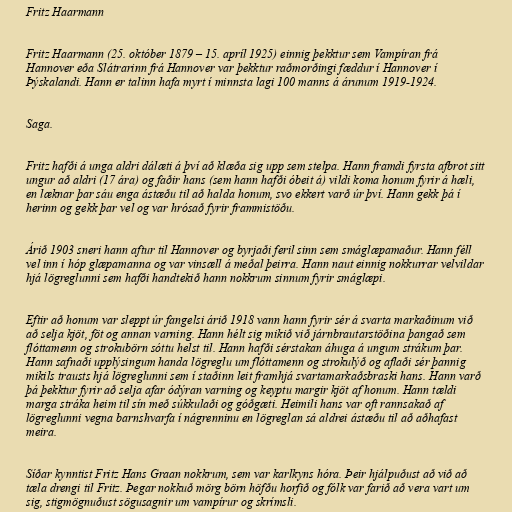
Fritz Haarmann

Fritz Haarmann (25. október 1879 – 15. apríl 1925) einnig þekktur sem Vampíran frá
Hannover eða Slátrarinn frá Hannover var þekktur raðmorðingi fæddur í Hannover í
Þýskalandi. Hann er talinn hafa myrt í minnsta lagi 100 manns á árunum 1919-1924.

Saga.

Fritz hafði á unga aldri dálæti á því að klæða sig upp sem stelpa. Hann framdi fyrsta afbrot sitt
ungur að aldri (17 ára) og faðir hans (sem hann hafði óbeit á) vildi koma honum fyrir á hæli,
en læknar þar sáu enga ástæðu til að halda honum, svo ekkert varð úr því. Hann gekk þá í
herinn og gekk þar vel og var hrósað fyrir frammistöðu.

Árið 1903 sneri hann aftur til Hannover og byrjaði feril sinn sem smáglæpamaður. Hann féll
vel inn í hóp glæpamanna og var vinsæll á meðal þeirra. Hann naut einnig nokkurrar velvildar
hjá lögreglunni sem hafði handtekið hann nokkrum sinnum fyrir smáglæpi.

Eftir að honum var sleppt úr fangelsi árið 1918 vann hann fyrir sér á svarta markaðinum við
að selja kjöt, föt og annan varning. Hann hélt sig mikið við járnbrautarstöðina þangað sem
flóttamenn og strokubörn sóttu helst til. Hann hafði sérstakan áhuga á ungum strákum þar.
Hann safnaði upplýsingum handa lögreglu um flóttamenn og strokulýð og aflaði sér þannig
mikils trausts hjá lögreglunni sem í staðinn leit framhjá svartamarkaðsbraski hans. Hann varð
þá þekktur fyrir að selja afar ódýran varning og keyptu margir kjöt af honum. Hann tældi
marga stráka heim til sín með súkkulaði og góðgæti. Heimili hans var oft rannsakað af
lögreglunni vegna barnshvarfa í nágrenninu en lögreglan sá aldrei ástæðu til að aðhafast
meira.

Síðar kynntist Fritz Hans Graan nokkrum, sem var karlkyns hóra. Þeir hjálpuðust að við að
tæla drengi til Fritz. Þegar nokkuð mörg börn höfðu horfið og fólk var farið að vera vart um
sig, stigmögnuðust sögusagnir um vampírur og skrímsli.